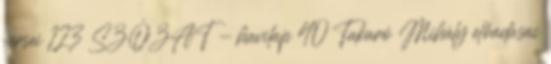
versei 123 SZÓZAT - havilap 40 Takaró Mihály előadásai